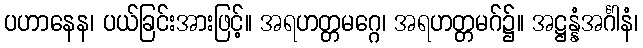
ပဟာနေန၊ ပယ်ခြင်းအားဖြင့်။ အရဟတ္တမဂ္ဂေ၊ အရဟတ္တမဂ်၌။ အဋ္ဌန္နံအင်္ဂါနံ၊